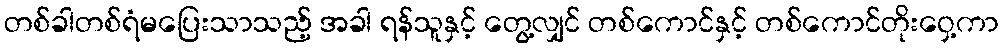
တစ်ခါတစ်ရံမပြေးသာသည့် အခါ ရန်သူနှင့် တွေ့လျှင် တစ်ကောင်နှင့် တစ်ကောင်တိုးဝှေ့ကာ